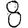
Digit: 8